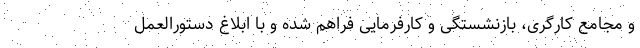
و مجامع کارگری، بازنشستگی و کارفرمایی فراهم شده و با ابلاغ دستورالعمل